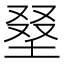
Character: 𡌭